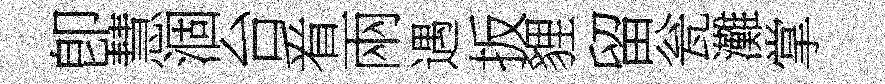
卽慧涸台㸔兩遇扳貍留瓮灘掌